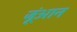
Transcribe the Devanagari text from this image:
जूंआन